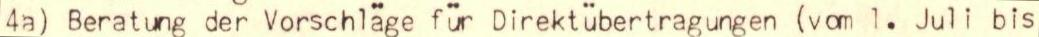
4a) Beratung der Vorschläge für Direktübertragungen (vom 1. Juli bis